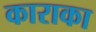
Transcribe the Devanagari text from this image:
काराका